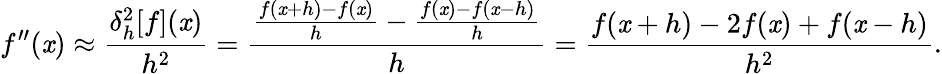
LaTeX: f^{\prime\prime}(\mathit{x})\approx{\frac{{\delta_{h}^{2}[f](\mathit{x})}}{{h^{2}}}}={\frac{{{\frac{{f(\mathit{x}+h)-f(\mathit{x})}}{{h}}}-{\frac{{f(\mathit{x})-f(\mathit{x}-h)}}{{h}}}}}{{h}}}={\frac{{f(\mathit{x}+h)-2f(\mathit{x})+f(\mathit{x}-h)}}{{h^{2}}}}.